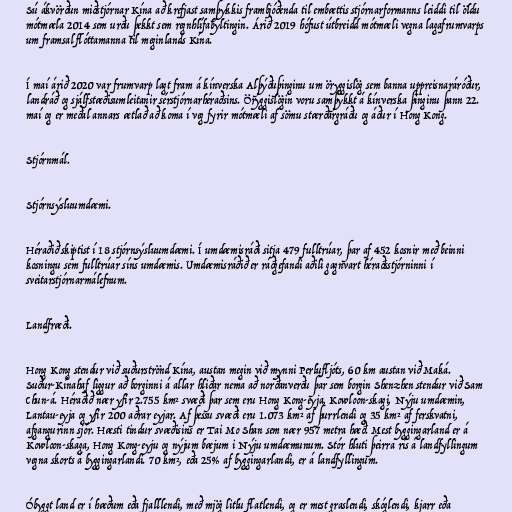
Sú ákvörðun miðstjórnar Kína að krefjast samþykkis frambjóðenda til embættis stjórnarformanns leiddi til öldu
mótmæla 2014 sem urðu þekkt sem regnhlífabyltingin. Árið 2019 hófust útbreidd mótmæli vegna lagafrumvarps
um framsal flóttamanna til meginlands Kína.

Í maí árið 2020 var frumvarp lagt fram á kínverska Alþýðuþinginu um öryggislög sem banna uppreisnaráróður,
landráð og sjálf­stæðisumleitanir sér­stjórn­ar­héraðsins. Öryggislögin voru samþykkt á kínverska þinginu þann 22.
maí og er meðal annars ætlað að koma í veg fyrir mótmæli af sömu stærðargráðu og áður í Hong Kong.

Stjórnmál.

Stjórnsýsluumdæmi.

Héraðið skiptist í 18 stjórnsýsluumdæmi. Í umdæmisráði sitja 479 fulltrúar, þar af 452 kosnir með beinni
kosningu sem fulltrúar síns umdæmis. Umdæmisráðið er ráðgefandi aðili gagnvart héraðsstjórninni í
sveitarstjórnarmálefnum.

Landfræði.

Hong Kong stendur við suðurströnd Kína, austan megin við mynni Perlufljóts, 60 km austan við Maká.
Suður-Kínahaf liggur að borginni á allar hliðar nema að norðanverðu þar sem borgin Shenzhen stendur við Sam
Chun-á. Héraðið nær yfir 2.755 km² svæði þar sem eru Hong Kong-eyja, Kowloon-skagi, Nýju umdæmin,
Lantau-eyja og yfir 200 aðrar eyjar. Af þessu svæði eru 1.073 km² af þurrlendi og 35 km² af ferskvatni,
afgangurinn sjór. Hæsti tindur svæðisins er Tai Mo Shan sem nær 957 metra hæð. Mest byggingarland er á
Kowloon-skaga, Hong Kong-eyju og nýjum bæjum i Nýju umdæmunum. Stór hluti þeirra rís á landfyllingum
vegna skorts á byggingarlandi. 70 km², eða 25% af byggingarlandi, er á landfyllingum.

Óbyggt land er í hæðum eða fjalllendi, með mjög litlu flatlendi, og er mest graslendi, skóglendi, kjarr eða